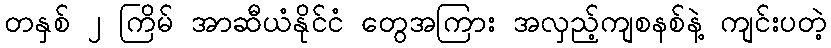
တနှစ် ၂ ကြိမ် အာဆီယံနိုင်ငံ တွေအကြား အလှည့်ကျစနစ်နဲ့ ကျင်းပတဲ့